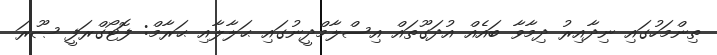
ތިންމަހުގައި ނިދާއިރު ދިމާވާ ބައެއް އުދަގޫތައް އިސްލާމްދީނުގައި ޙަލާލާއި ޙަރާމް: ފޮޓޯގްރަފީ ޞޫރަ